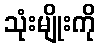
သုံးမျိုးကို